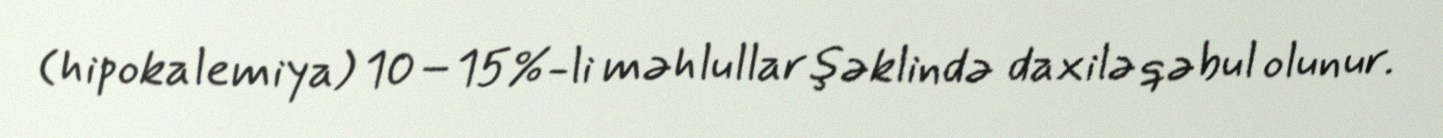
(hipokalemiya) 10–15%-li məhlullar şəklində daxilə qəbul olunur.